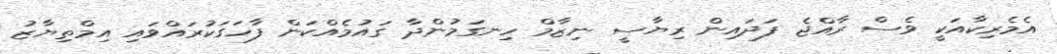
އެމެރިކާއަކީ ވެސް ރާއްޖެ ފަދައިން ރިޔާސީ ނިޒާމް ހިނގަމުންދާ ގައުމެއްކަން ފާހަގަކުރައްވައި އިމްތިޔާޒު